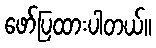
ဖော်ပြထားပါတယ်။